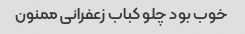
خوب بود چلو کباب زعفرانی ممنون